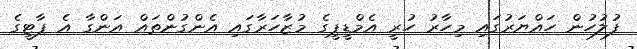
ފުލުހުން ހައްޔަރުގައި މިހާރު ހުރީ އެމްޑީޕީގެ މުޒާހަރާގައި އެންގުންތައް އަންގާ އެ ޕާޓީގެ